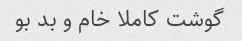
گوشت کاملا خام و بد بو